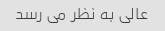
عالی به نظر می رسد